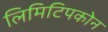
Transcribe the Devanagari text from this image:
लिमिटिपकोन